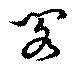
閣